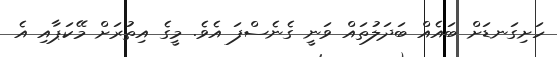
ހަށިގަނޑަށް ބައެއް ބަދަލުތައް ވަނީ ގެނެސްފަ އެވެ. މީގެ އިތުރަށް މޭކަޕާއި އެ